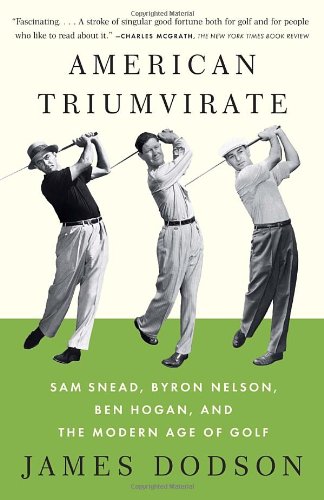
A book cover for American Triumvirate: Sam Snead, Byron Nelson, Ben Hogan, and the Modern Age of Golf; James Dodson; Biographies & Memoirs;